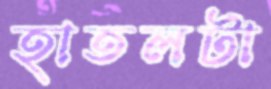
হাতলটা